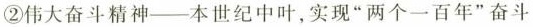
②伟大奋斗精神--本世纪中叶，实现”两个一百年”奋斗